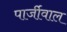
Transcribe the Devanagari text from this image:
पार्जीवाल